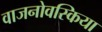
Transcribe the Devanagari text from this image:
वाजनोवस्किया